Civil Veterinary Dept. North-West Frontier Province 1933-46 - 1933-1946
Year: 1933
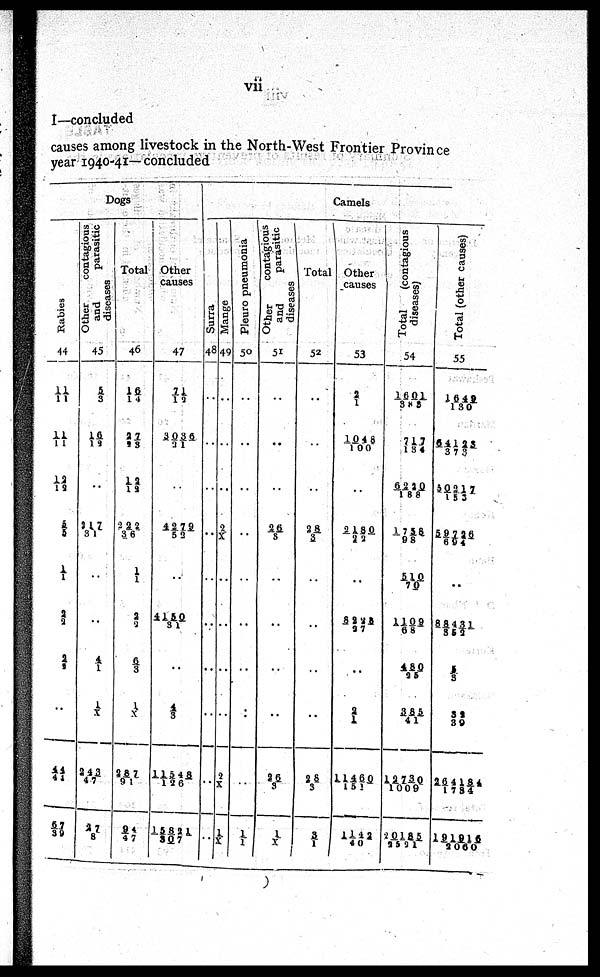
vii
I—concluded
causes among livestock in the North-West Frontier Province
year 1940-41—concluded
Dogs
Rabies
44
11/ 11
11/11
12/ 19
5/5
1/ 1
2/2
2/1
..
44/44
67/39
Other
contagious
and
parasitic
diseases
45
5/3
16/12
..
217/31
..
..
4/1
1/X
243/47
27/8
Total
46
16/ 14
27/23
12/13
222/36
1/1
2/2
6/3
1/X
287/91
94/47
Other
causes
47
71/12
3036/31
..
4279/53
..
4150/31
..
4/3
11548/126
15821/307
Camels
Surra
48
..
..
..
..
..
..
..
..
..
..
Mange
49
..
..
..
2/X
..
..
..
..
2/X
1/X
Pleuro pneumonia
50
..
..
..
..
..
..
..
..
..
1/1
Other
contagious
and
parasitic
diseases
51
..
..
..
26/8
..
..
..
..
26/3
1/X
Total
52
..
..
..
28/3
..
..
..
..
28/ 3
3/1
Other
causes
53
2/1
1048/100
..
2180/22
..
8228/27
..
2/1
11460/151
1142/40
Total
(contagious
diseases)
54
1601/383
717/134
6220/188
1758/98
510/70
1109/68
480/25
385/41
12730/1009
20185/2521
Total (other causes)
55
1649/130
64123/373
30217/155
59726/694
..
88431/352
5/3
32/39
264184/1734
191916/2060